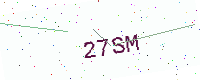
Text: 27SM